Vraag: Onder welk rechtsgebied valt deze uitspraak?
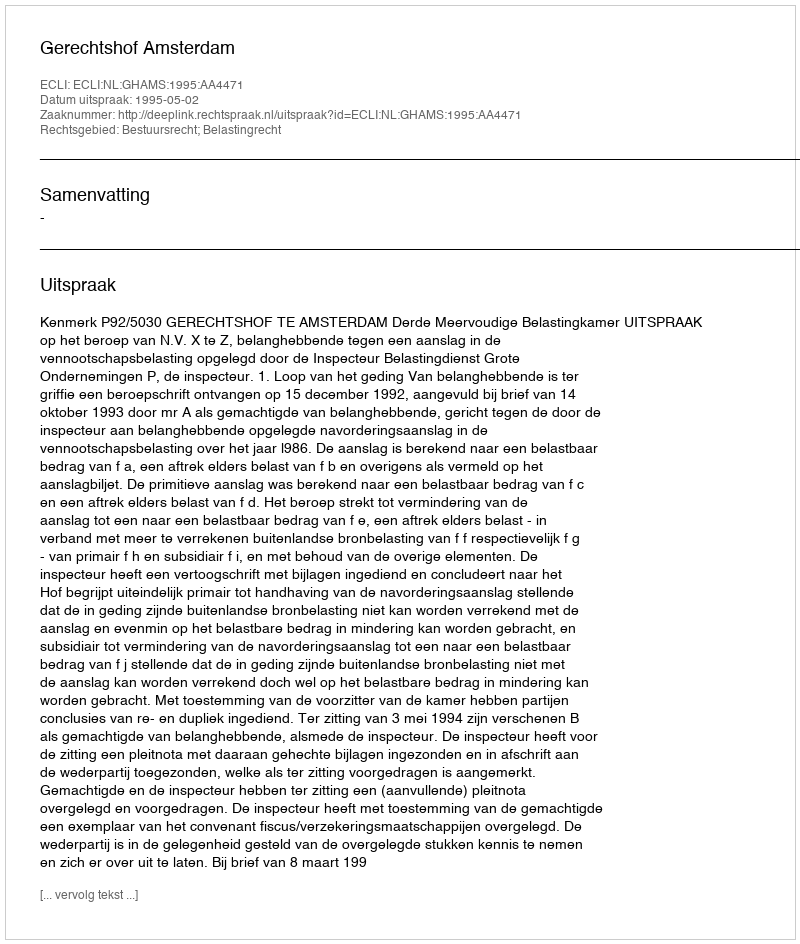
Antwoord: Bestuursrecht; Belastingrecht